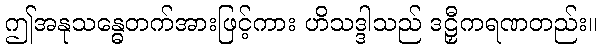
ဤအနုသန္ဓေတက်အားဖြင့်ကား ဟိသဒ္ဒါသည် ဒဠှီကရဏတည်း။